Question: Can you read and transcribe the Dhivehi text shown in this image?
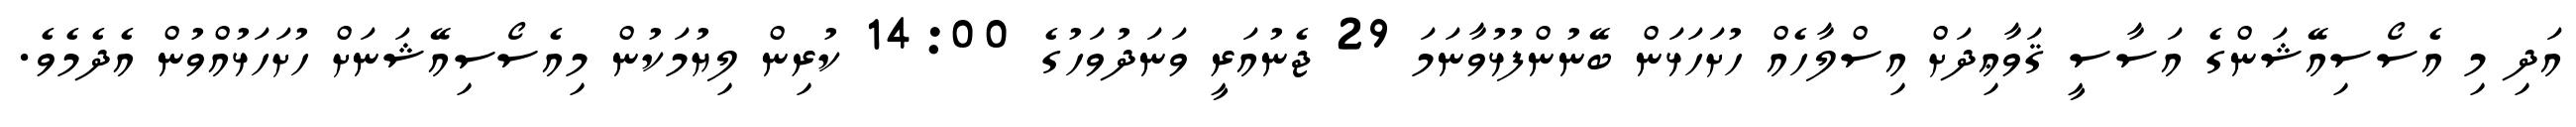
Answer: އަދި މި އެސޯސިއޭޝަންގެ އަސާސީ ޤަވާޢިދަށް އިސްލާހެއް ހުށަހަޅަން ބޭނުންފުޅުވާނަމަ 29 ޖެނުއަރީ ވަނަދުވަހުގެ 14:00 ކުރިން ލިޔުމަކުން މިއެސޯސިއޭޝަނަށް ހުށަހަޅުއްވުން އެދެމެވެ.